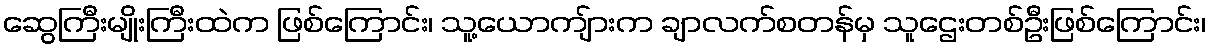
ဆွေကြီးမျိုးကြီးထဲက ဖြစ်ကြောင်း၊ သူ့ယောကျ်ားက ချာလက်စတန်မှ သူဌေးတစ်ဦးဖြစ်ကြောင်း၊